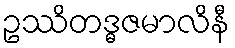
ဥဿိတဒ္ဓဇမာလိနီ